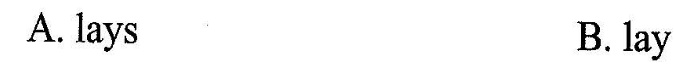
A. lays B. lay